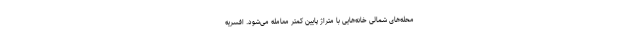
محله‌های شمالی خانه‌هایی با متراژ پایین کمتر معامله می‌شود. افسریه